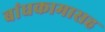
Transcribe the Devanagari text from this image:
बांधकामासह